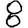
Digit: 8